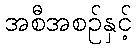
အစီအစဉ်နှင့်